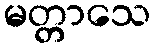
မတ္တာသေ